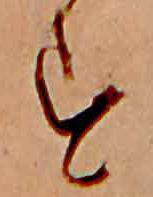
す